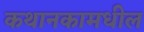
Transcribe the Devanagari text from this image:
कथानकामधील